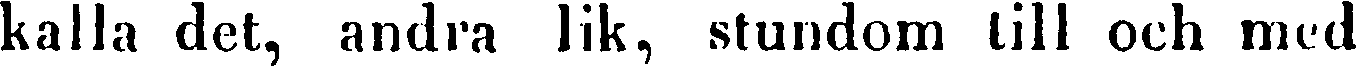
kalla det, andra lik, stundom till och med